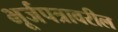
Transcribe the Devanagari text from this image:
भूर्जपत्रावरील